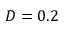
D = 0 . 2